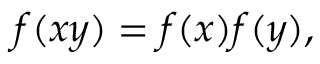
f ( x y ) = f ( x ) f ( y ) ,